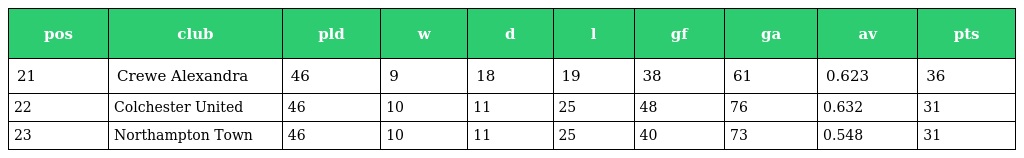
| pos | club | pld | w | d | l | gf | ga | av | pts |
 | --- | --- | --- | --- | --- | --- | --- | --- | --- | --- |
 | 21 | Crewe Alexandra | 46 | 9 | 18 | 19 | 38 | 61 | 0.623 | 36 |
 | 22 | Colchester United | 46 | 10 | 11 | 25 | 48 | 76 | 0.632 | 31 |
 | 23 | Northampton Town | 46 | 10 | 11 | 25 | 40 | 73 | 0.548 | 31 |